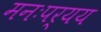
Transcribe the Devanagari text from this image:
मनःपर्यय